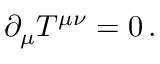
\partial _ { \mu } T ^ { \mu \nu } = 0 \, .